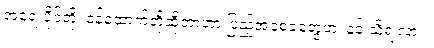
အရေးပိုင်တို့၊ ဝန်ထောက်တို့ဆိုတာဟာ ပြည့်အစေခံတွေဟ၊ နင် သိရဲ့လား။